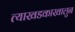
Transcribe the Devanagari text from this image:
त्याखडकाखालुन